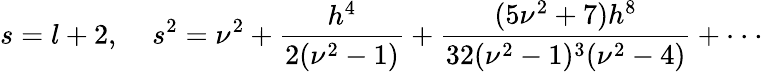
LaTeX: s=l+2,\; \; \; \; s^{2}=\nu^{2}+\frac{h^{4}}{2(\nu^{2}-1)}+\frac{(5\nu^{2}+7)h^{8}}{32(\nu^{2}-1)^{3}(\nu^{2}-4)}+\cdot\cdot\cdot